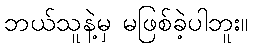
ဘယ်သူနဲ့မှ မဖြစ်ခဲ့ပါဘူး။